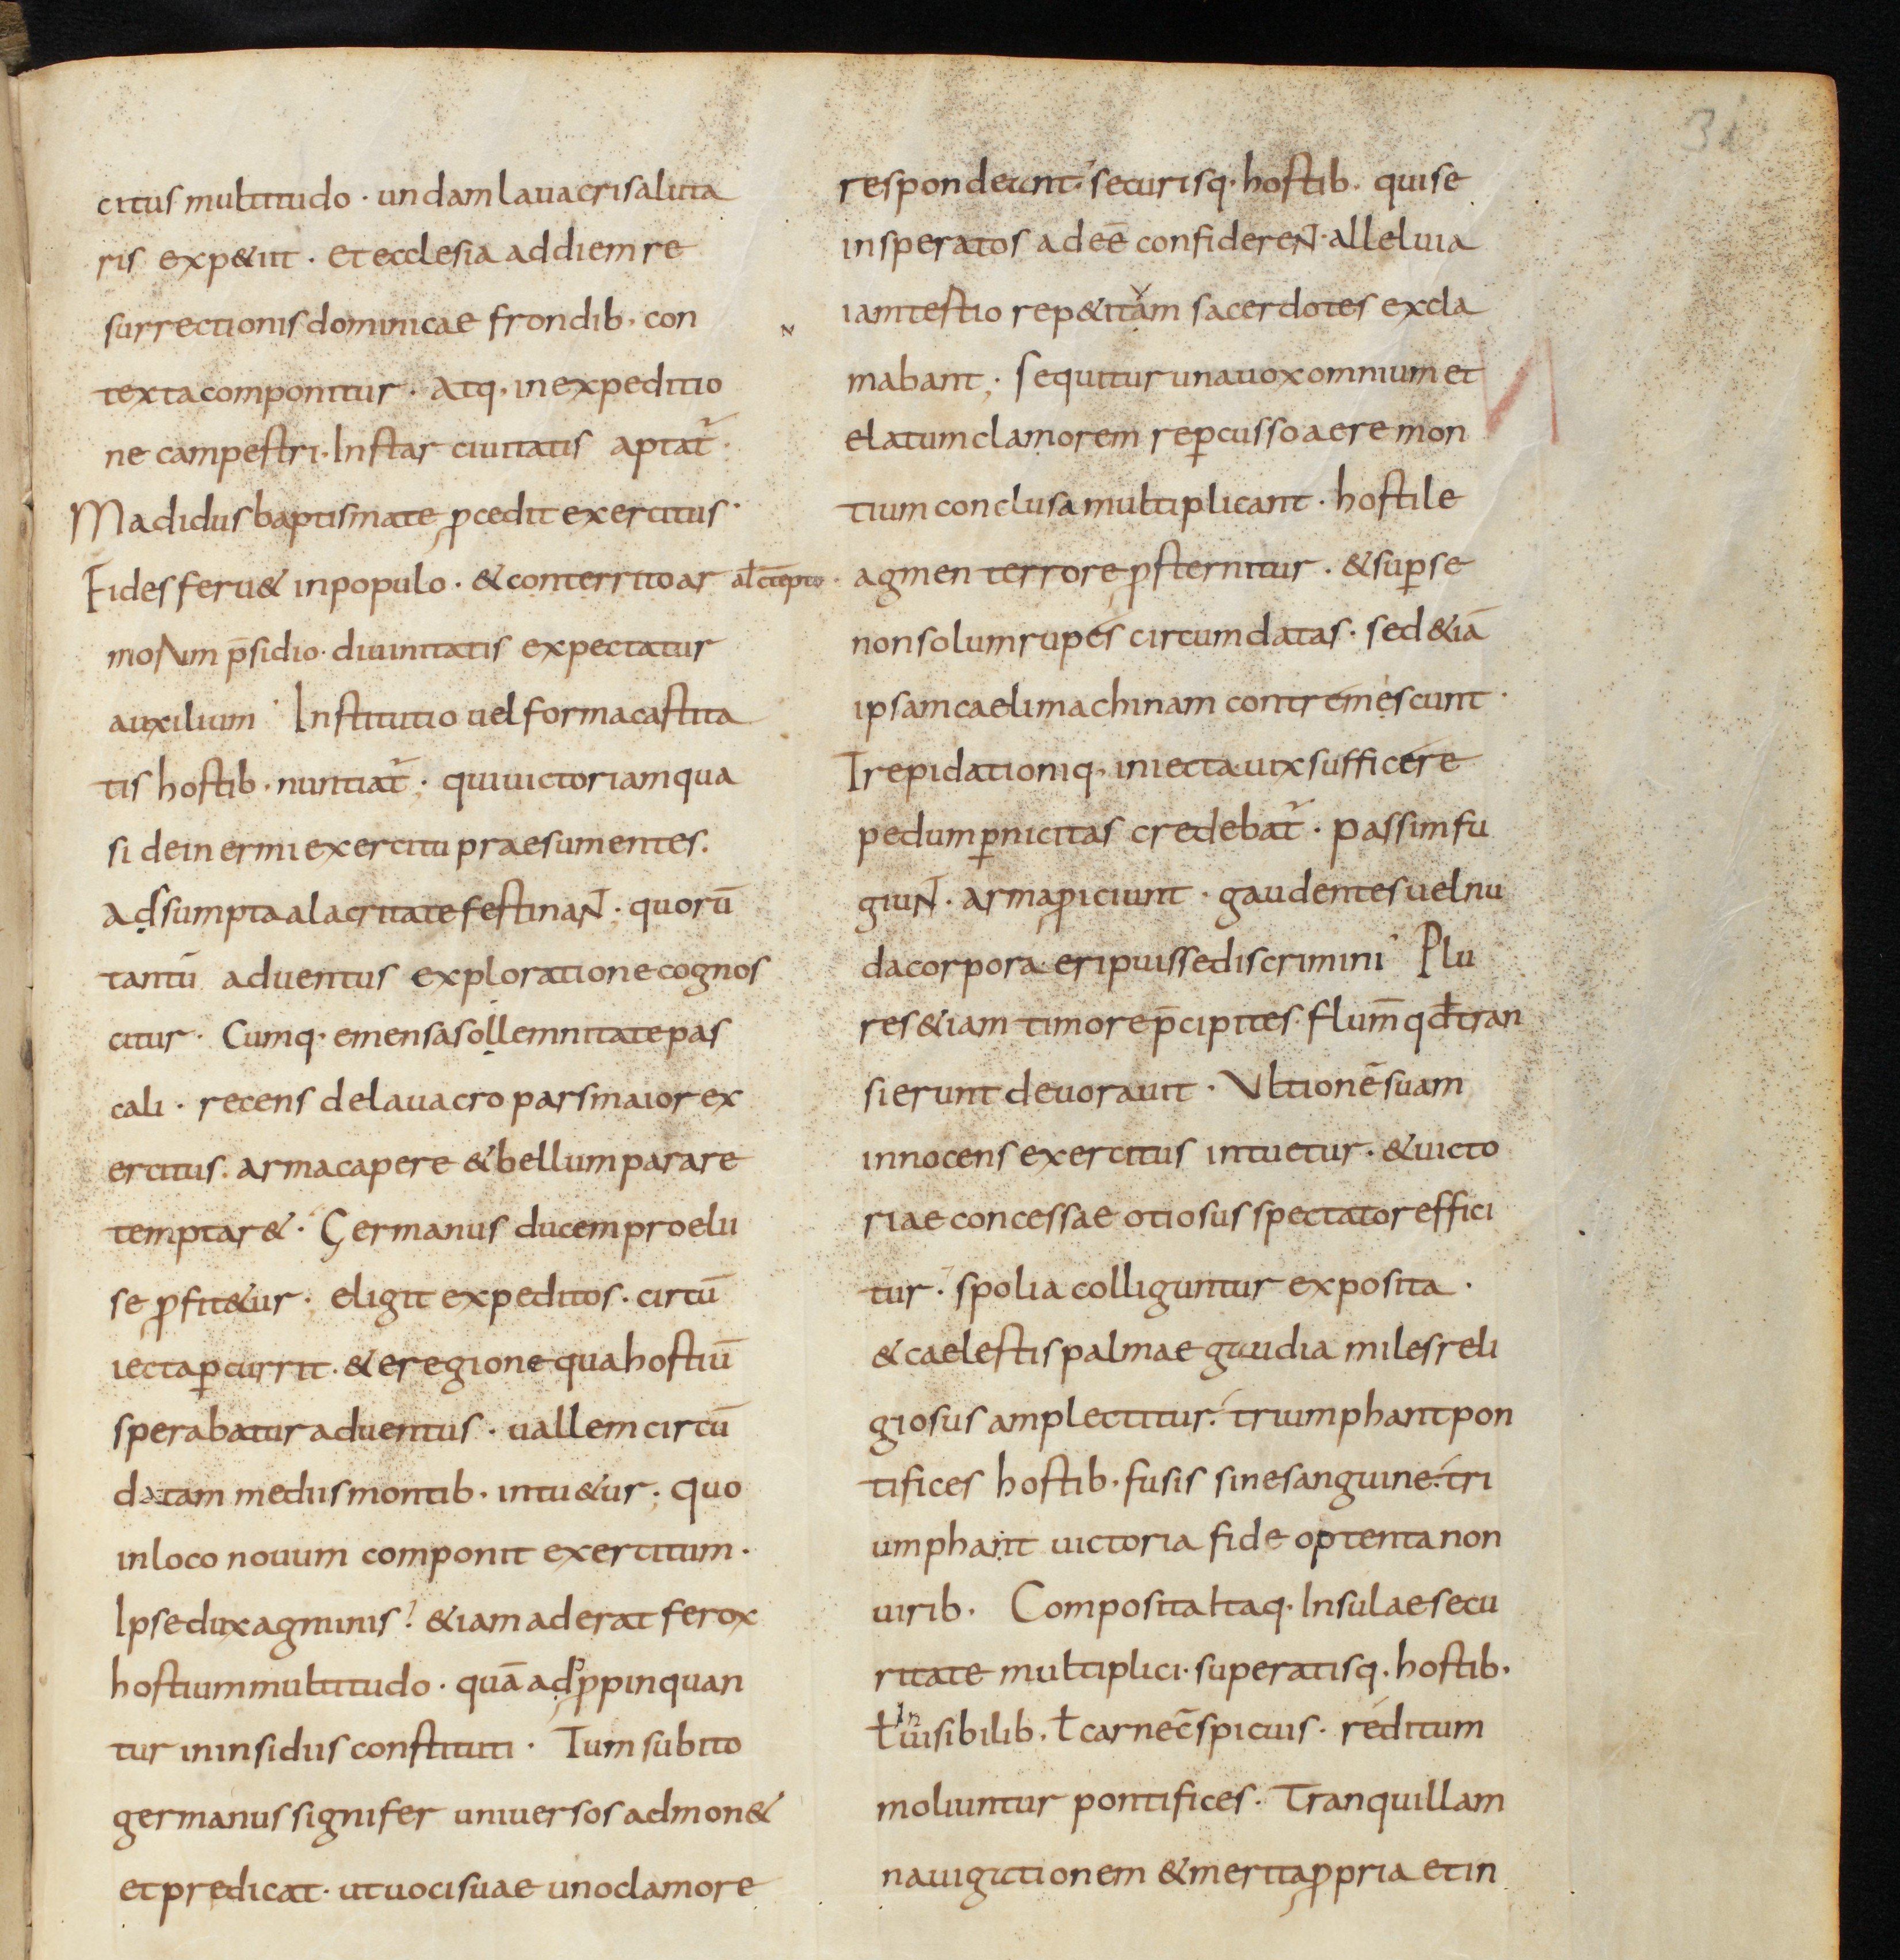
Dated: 800–899